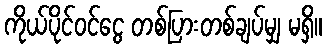
ကိုယ်ပိုင်ဝင်ငွေ တစ်ပြားတစ်ချပ်မျှ မရှိ။